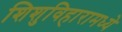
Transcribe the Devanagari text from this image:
शिशुविहारामध्ये